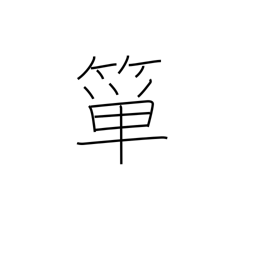
Meaning: bamboo rice basket